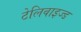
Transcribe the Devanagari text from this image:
टेलिवाइज्ड